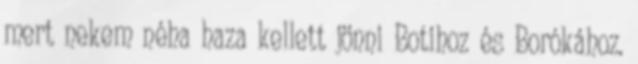
mert nekem néha haza kellett jönni Botihoz és Borókához.